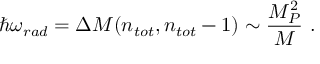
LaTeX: \hbar \omega _ { r a d } = \Delta M ( n _ { t o t } , n _ { t o t } - 1 ) \sim \frac { M _ { P } ^ { 2 } } { M } ~ .